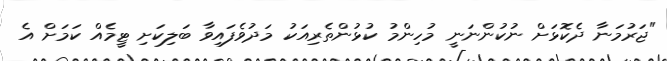
"ޖަރުމަނާ ދެކޮޅަށް ނުކުންނަނީ މުހިންމު ކުޅުންތެރިއަކު މަދުވެފައިވާ ބަލިކަށި ޓީމެއް ކަމަށް އެ